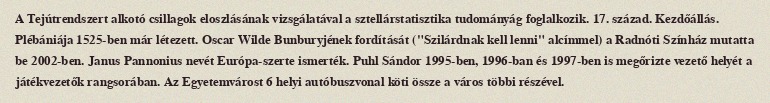
A Tejútrendszert alkotó csillagok eloszlásának vizsgálatával a sztellárstatisztika tudományág foglalkozik. 17. század. Kezdőállás. Plébániája 1525-ben már létezett. Oscar Wilde Bunburyjének fordítását ("Szilárdnak kell lenni" alcímmel) a Radnóti Színház mutatta be 2002-ben. Janus Pannonius nevét Európa-szerte ismerték. Puhl Sándor 1995-ben, 1996-ban és 1997-ben is megőrizte vezető helyét a játékvezetők rangsorában. Az Egyetemvárost 6 helyi autóbuszvonal köti össze a város többi részével.